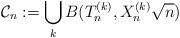
LaTeX: \begin{align*} {\cal C}_n := \bigcup_k B(T^{(k)}_n, X^{(k)}_n \sqrt{n})\end{align*}